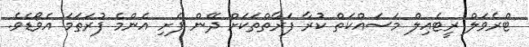
ޓްރެވަލް ރީޓެއިލް މަަސައްކަތް ކުރާ ފަރާތްތަކަށް ދޭން ފެށި އެންމެ ފުރަތަމަ އެވޯޑެވެ.